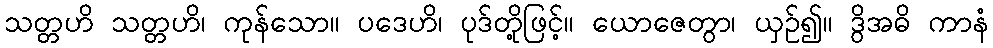
သတ္တဟိ သတ္တဟိ၊ ကုန်သော။ ပဒေဟိ၊ ပုဒ်တို့ဖြင့်။ ယောဇေတွာ၊ ယှဉ်၍။ ဒွိအဓိ ကာနံ